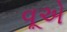
વૂએ